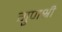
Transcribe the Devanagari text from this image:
गुणश्री